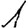
Digit: 1